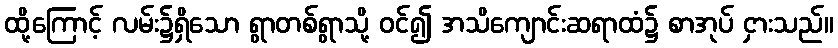
ထို့ကြောင့် လမ်း၌ရှိသော ရွာတစ်ရွာသို့ ဝင်၍ အသိကျောင်းဆရာထံ၌ စာအုပ် ငှားသည်။